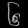
Digit: ၆